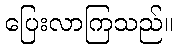
ပြေးလာကြသည်။